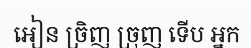
អៀន ច្រិញ ច្រុញ ទើប អ្នក